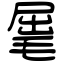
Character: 𣮈